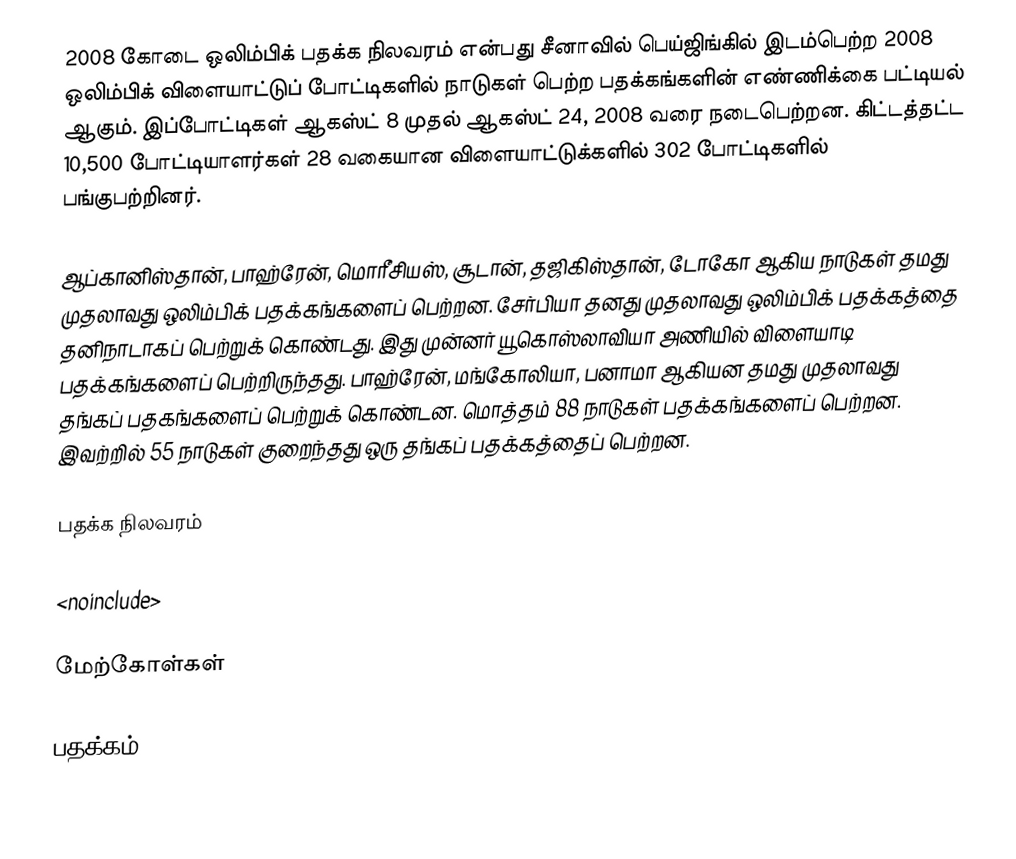
2008 கோடை ஒலிம்பிக் பதக்க நிலவரம் என்பது சீனாவில் பெய்ஜிங்கில் இடம்பெற்ற 2008 ஒலிம்பிக் விளையாட்டுப் போட்டிகளில் நாடுகள் பெற்ற பதக்கங்களின் எண்ணிக்கை பட்டியல் ஆகும். இப்போட்டிகள் ஆகஸ்ட் 8 முதல் ஆகஸ்ட் 24, 2008 வரை நடைபெற்றன. கிட்டத்தட்ட 10,500 போட்டியாளர்கள் 28 வகையான விளையாட்டுக்களில் 302 போட்டிகளில் பங்குபற்றினர்.

ஆப்கானிஸ்தான், பாஹ்ரேன், மொரீசியஸ், சூடான், தஜிகிஸ்தான், டோகோ ஆகிய நாடுகள் தமது முதலாவது ஒலிம்பிக் பதக்கங்களைப் பெற்றன. சேர்பியா தனது முதலாவது ஒலிம்பிக் பதக்கத்தை தனிநாடாகப் பெற்றுக் கொண்டது. இது முன்னர் யூகொஸ்லாவியா அணியில் விளையாடி பதக்கங்களைப் பெற்றிருந்தது. பாஹ்ரேன், மங்கோலியா, பனாமா ஆகியன தமது முதலாவது தங்கப் பதகங்களைப் பெற்றுக் கொண்டன. மொத்தம் 88 நாடுகள் பதக்கங்களைப் பெற்றன. இவற்றில் 55 நாடுகள் குறைந்தது ஒரு தங்கப் பதக்கத்தைப் பெற்றன.

பதக்க நிலவரம்

<noinclude>

மேற்கோள்கள்

பதக்கம்